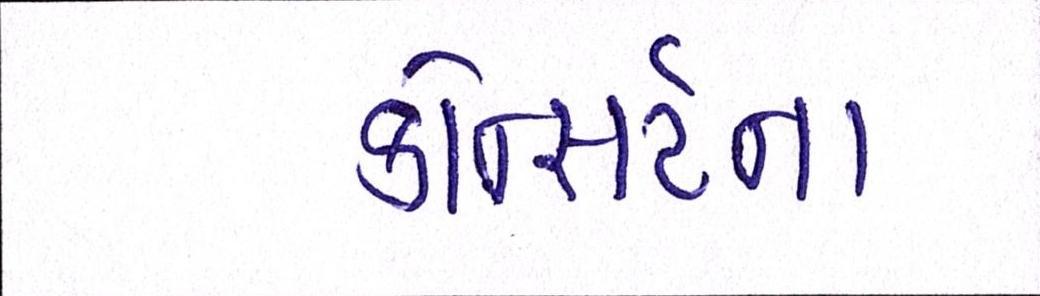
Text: કોન્સર્ટના